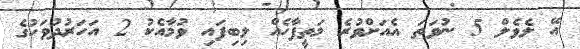
އޭ ލެވެލް 5 ނުވަތަ އެއަށްވުރެ މަތީފާހެއް ލިބިފައި ވުމާއެކު 2 އަހަރުދުވަހުގެ